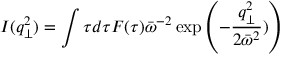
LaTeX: I ( q _ { \perp } ^ { 2 } ) = \int \tau d \tau F ( \tau ) \bar { \omega } ^ { - 2 } \exp \left( - \frac { q _ { \perp } ^ { 2 } } { 2 \bar { \omega } ^ { 2 } } ) \right)